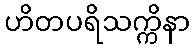
ဟိတပရိသက္ကိနာ